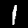
Digit: 1